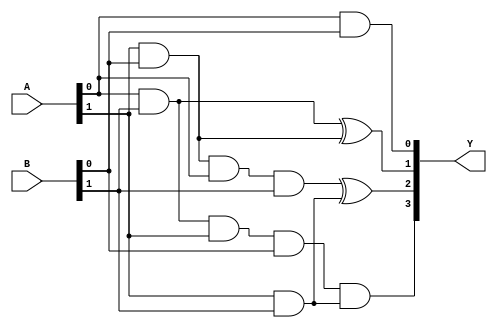
`timescale 1ns / 1ps
//////////////////////////////////////////////////////////////////////////////////
// Company: 
// Engineer: 
// 
// Design Name: 
// Module Name: multiplier
// Project Name: 
// Target Devices: 
// Tool Versions: 
// Description: 
// 
// Dependencies: 
// 
// Revision:
// Revision 0.01 - File Created
// Additional Comments:
// 
//////////////////////////////////////////////////////////////////////////////////


module multiplier(
    input [1:0] A,
    input [1:0] B,
    output [3:0] Y
    );
    assign Y[0]=A[0]&B[0];
    assign Y[1]=(A[0]&B[1])^(A[1]&B[0]);
    assign Y[2]=(A[1]&B[0]&A[0]&B[1])^(A[1]&B[1]);
    assign Y[3]=(A[0]&B[1]&A[1]&B[0])&(A[1]&B[1]);
endmodule